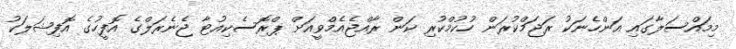
މިމައްސަލާގައި އަންހެނަކު ރަޖަމްކުރަން ހުކުމްކުރި ކަން ރާއްޖެއެމްވީއަށް ޕްރޮސެކިއުޓާ ޖެނެރަލްގެ އޮފީހުގެ އޮފިޝަލަކު